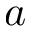
a